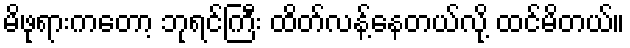
မိဖုရားကတော့ ဘုရင်ကြီး ထိတ်လန့်နေတယ်လို့ ထင်မိတယ်။